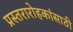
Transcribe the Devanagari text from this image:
प्रस्तरारोहकांसाठी